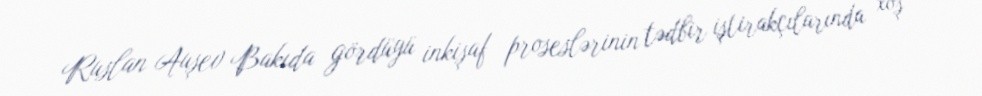
Ruslan Auşev Bakıda gördüyü inkişaf proseslərinin tədbir iştirakçılarında xoş